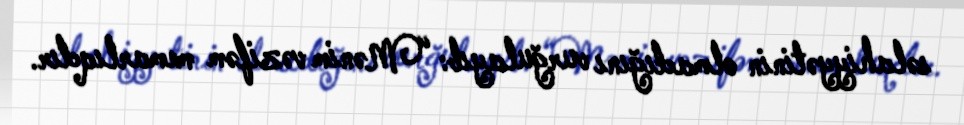
səlahiyyətinin olmadığını vurğulayıb: “Mənim vəzifəm memarlıqdır.